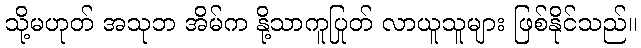
သို့မဟုတ် အသုဘ အိမ်က နို့သာကူပြုတ် လာယူသူများ ဖြစ်နိုင်သည်။